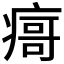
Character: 𰣻